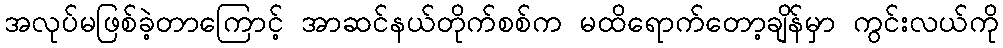
အလုပ်မဖြစ်ခဲ့တာကြောင့် အာဆင်နယ်တိုက်စစ်က မထိရောက်တော့ချိန်မှာ ကွင်းလယ်ကို